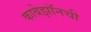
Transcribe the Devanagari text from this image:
काबेझॉनची